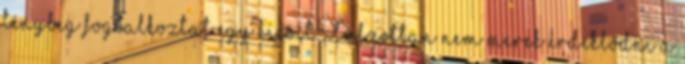
tényleg foglalkoztat egy kicsit. Túlzottan nem merek érdeklődni a